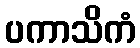
ပကာသိကံ